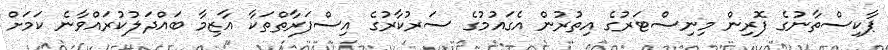
ޕާކިސްތާނުގެ ފޮރިން މިނިސްޓަރުގެ އިތުރުން އެގައުމުގެ ސަރުކާރުގެ އިސްފަރާތްތަކާ އާޒިމާ ބައްދަލުކުރައްވާނެ ކަމަށް